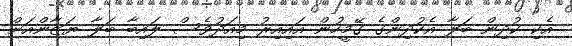
އެކި ކުދިން ބަލާ އެކުދިންގެ ގޭމީހުން އައިއިރު މިއަދުވެސް ލައިބާ ބަލާ ޔަޒާންއަށް